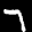
Label: 7